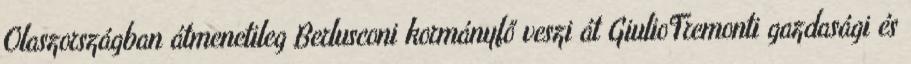
Olaszországban átmenetileg Berlusconi kormányfő veszi át GiulioTremonti gazdasági és